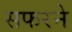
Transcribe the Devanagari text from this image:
सफरने